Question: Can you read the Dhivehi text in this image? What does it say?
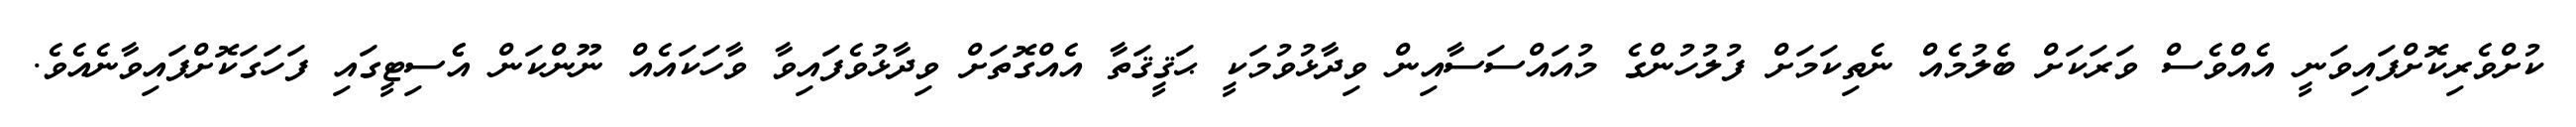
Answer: ކުށްވެރިކޮށްފައިވަނީ އެއްވެސް ވަރަކަށް ބެލުމެއް ނެތިކަމަށް ފުލުހުންގެ މުއައްސަސާއިން ވިދާޅުވުމަކީ ޙަޤީޤަތާ އެއްގޮތަށް ވިދާޅުވެފައިވާ ވާހަކައެއް ނޫންކަން އެެސިޓީގައި ފަހަގަކޮށްފައިވާނެއެވެ.